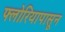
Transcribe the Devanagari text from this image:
फ्लोरियापासून